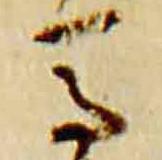
馬